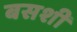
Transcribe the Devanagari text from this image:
बसशी